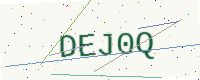
Text: DEJ0Q